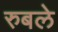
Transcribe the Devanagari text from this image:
रुबले